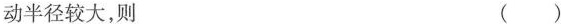
动半径较大，则 ( )